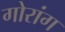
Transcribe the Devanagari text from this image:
गोरांग